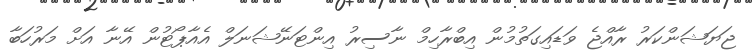
ޖަޔަޝަންކަރު ރާއްޖެ ވަޑައިގަތުމުން އިބްރާހިމް ނާސިރު އިންޓަނޭޝަނަލް އެއާޕޯޓުން އޭނާ އަށް މަރުހަބާ